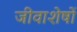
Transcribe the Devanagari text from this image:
जीवाशेषों